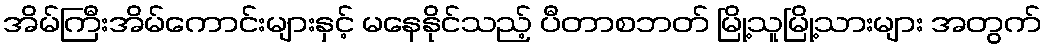
အိမ်ကြီးအိမ်ကောင်းများနှင့် မနေနိုင်သည့် ပီတာစဘတ် မြို့သူမြို့သားများ အတွက်